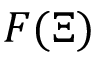
F ( \Xi )